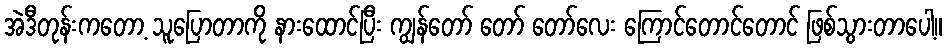
အဲဒီတုန်းကတော့ သူပြောတာကို နားထောင်ပြီး ကျွန်တော် တော် တော်လေး ကြောင်တောင်တောင် ဖြစ်သွားတာပေါ့။